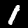
Digit: 1